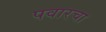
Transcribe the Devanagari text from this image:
पवारचा